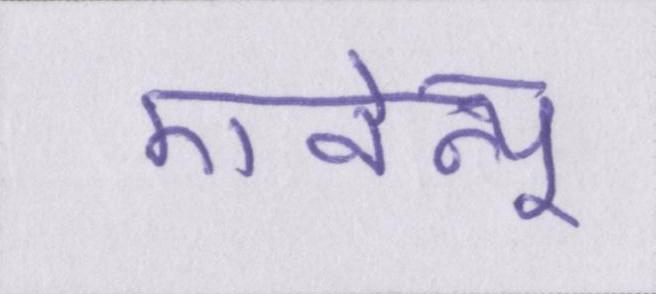
एवेन्यू